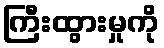
ကြီးထွားမှုကို